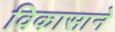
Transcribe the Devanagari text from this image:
विकासाने